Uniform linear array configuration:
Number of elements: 64
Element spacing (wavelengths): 0.5
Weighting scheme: uniform
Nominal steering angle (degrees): -45
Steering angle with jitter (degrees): -43.562
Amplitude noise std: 0.05
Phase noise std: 0.05

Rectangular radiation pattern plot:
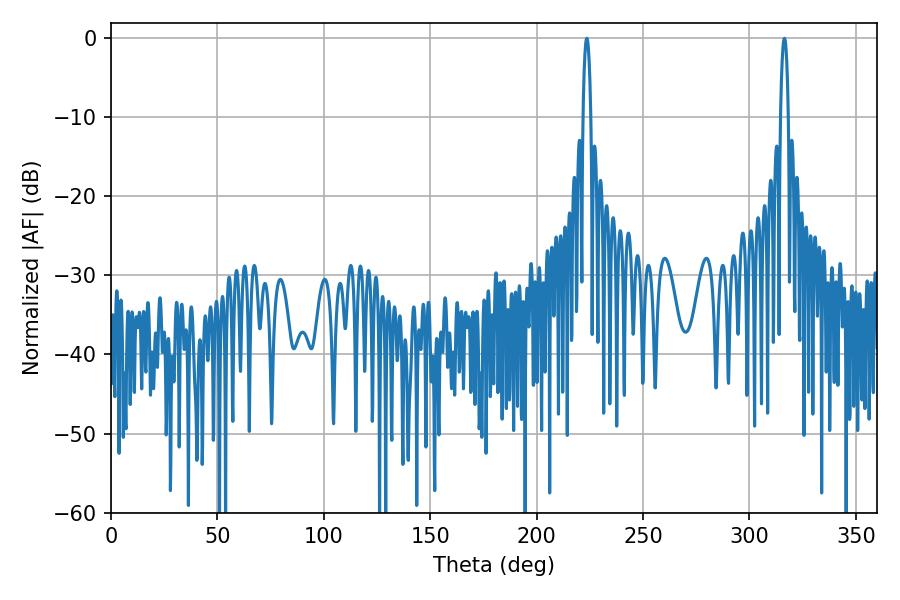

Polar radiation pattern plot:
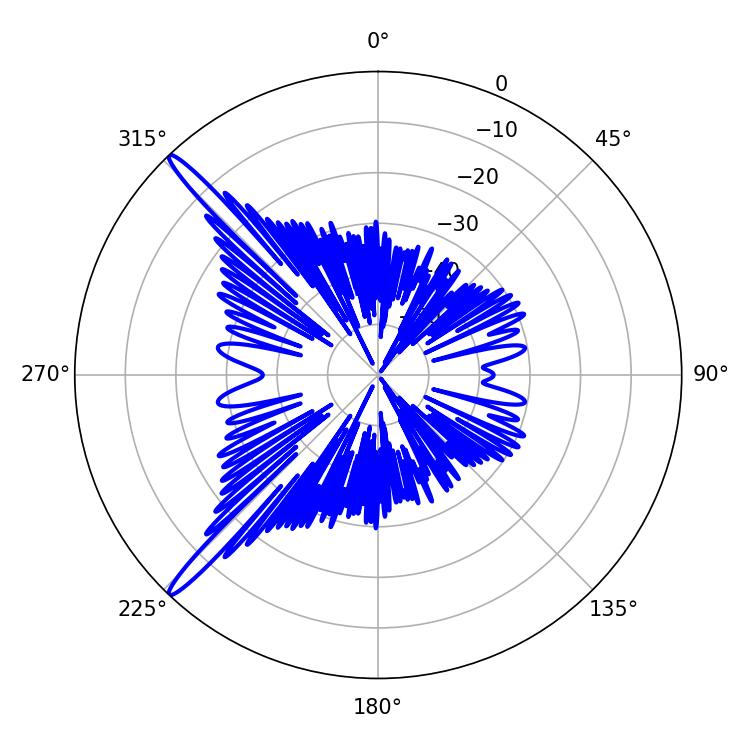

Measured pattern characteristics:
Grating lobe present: FALSE
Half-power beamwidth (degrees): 1.98
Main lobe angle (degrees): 223.56